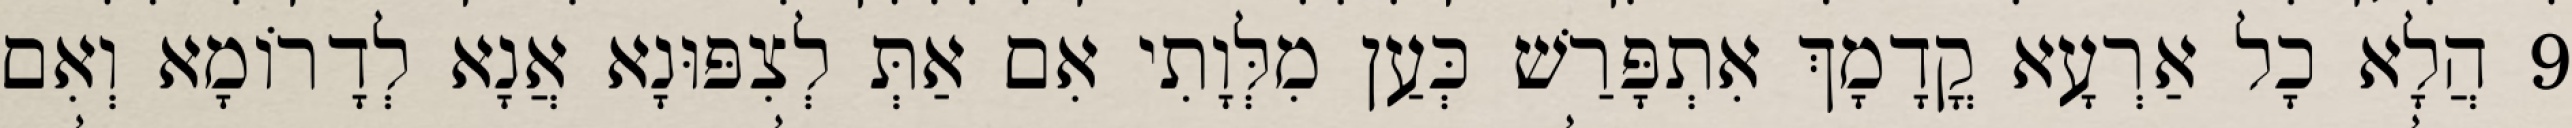
9 הֲלָא כָל אַרְעָא קֳדָמָךְ אִתְפָּרַשׁ כְּעַן מִלְּוָתִי אִם אַתְּ לְצִפּוּנָא אֲנָא לְדָרוֹמָא וְאִם